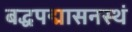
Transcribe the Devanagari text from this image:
बद्धपद्मासनस्थं